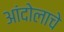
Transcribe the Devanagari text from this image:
आंदोलाचे